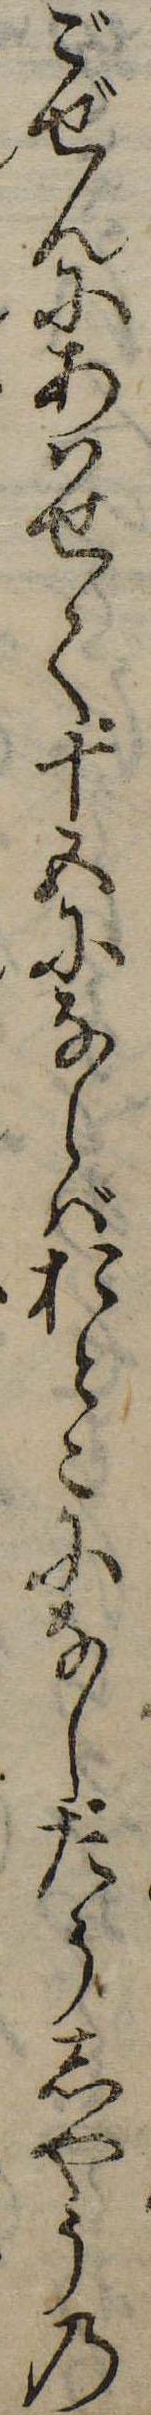
ごぜんにあはせて十五にならばおとこになしたうしやうの